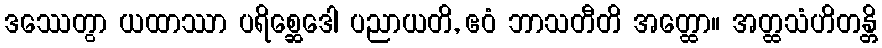
ဒဿေတွာ ယထာဿာ ပရိစ္ဆေဒေါ ပညာယတိ, ဧဝံ ဘာသတီတိ အတ္ထော။ အတ္ထသံဟိတန္တိ